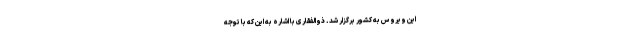
این ویروس به کشور برگزار شد. ذوالفقاری با اشاره به این که با توجه